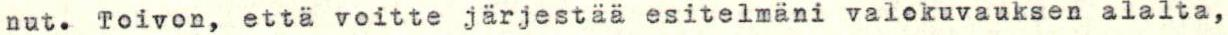
nut. Toivon, että voitte järjestää esitelmäni valokuvauksen alalta,